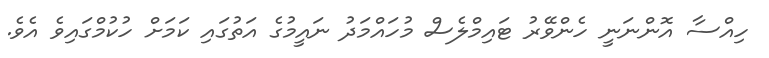
ހިއްސާ އޮންނަނީ ހެންވޭރު ޓައިމްލެސް މުހައްމަދު ނައީމުގެ އަތުގައި ކަމަށް ހުކުމްގައިވެ އެވެ.